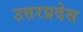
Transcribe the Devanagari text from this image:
उत्तरप्रदेस